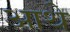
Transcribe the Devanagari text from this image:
आथे